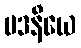
မဒနီယေ